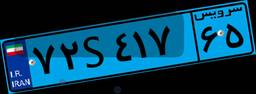
۷۲S۴۱۷۶۵